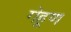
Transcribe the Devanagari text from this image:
गेहूण